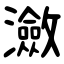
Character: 瀲